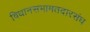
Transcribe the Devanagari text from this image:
विधानसभामतदारसंघ